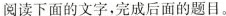
阅读下面的文字。完成后面的题目。